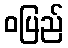
ဝပြည်